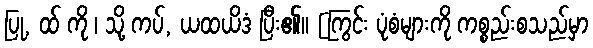
ပြု, ထ် ကို ၊ သို့ ကပ်, ယထယိဒံ ပြီး၏။ [ကြွင်း ပုံစံများကို ကစ္စည်းစသည်မှာ